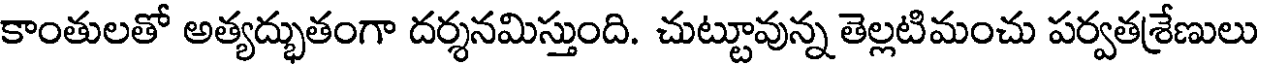
కాంతులతో అత్యద్భుతంగా దర్శనమిస్తుంది. చుట్టూవున్న తెల్లటిమంచు పర్వతశ్రేణులు